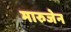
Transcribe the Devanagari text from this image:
मारुजेन